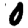
Digit: 0